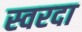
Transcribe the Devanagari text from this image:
स्वरदा